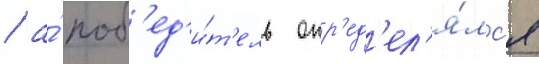
/ а́ поб'ед'и́т'ель опр'ед'ел'я́лс'я